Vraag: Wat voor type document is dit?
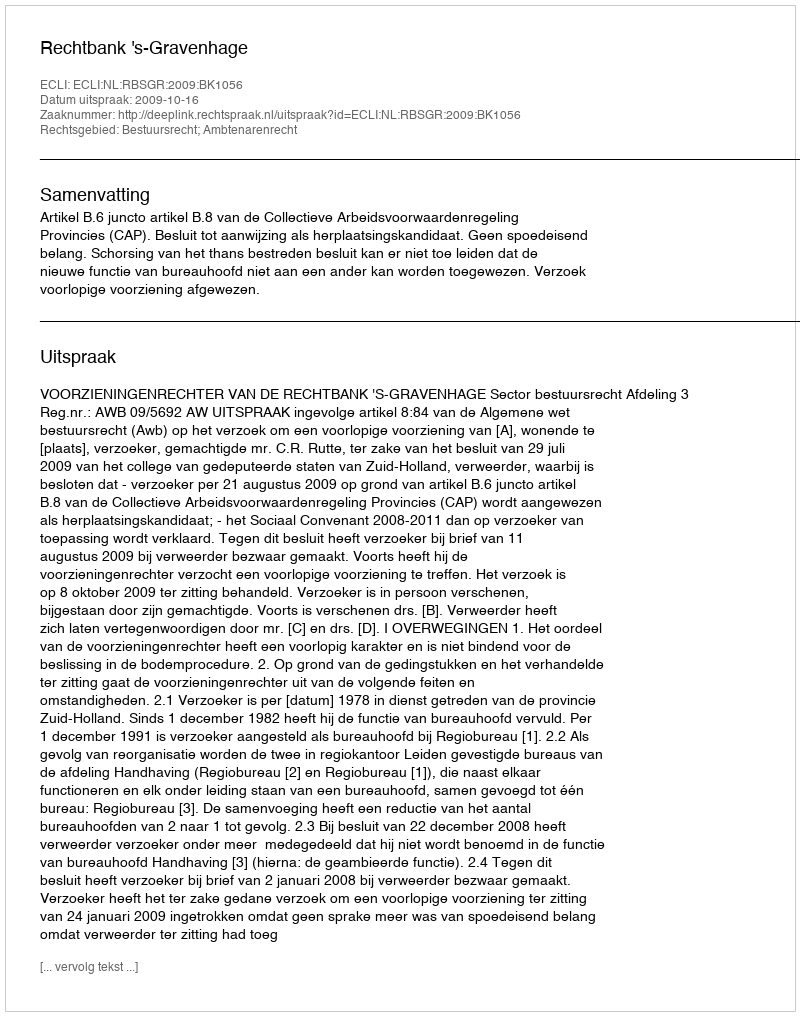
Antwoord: Uitspraak